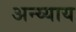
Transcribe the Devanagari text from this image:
अन्य्याय